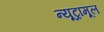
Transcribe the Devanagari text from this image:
न्यूट्रामूल